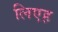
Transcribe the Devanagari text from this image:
लिएह